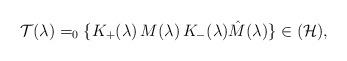
LaTeX: \begin{align*}\mathcal{T}(\lambda )=_{0}\{K_{+}(\lambda )\,M(\lambda)\,K_{-}(\lambda )\hat{M}(\lambda )\}\in (\mathcal{H}),\end{align*}